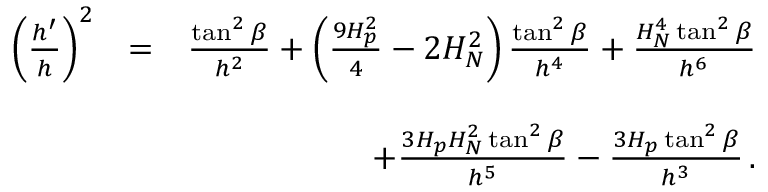
\begin{array} { r l r } { \left( \frac { h ^ { \prime } } { h } \right) ^ { 2 } } & { = } & { \frac { \tan ^ { 2 } \beta } { h ^ { 2 } } + \left( \frac { 9 H _ { p } ^ { 2 } } { 4 } - 2 H _ { N } ^ { 2 } \right) \frac { \tan ^ { 2 } \beta } { h ^ { 4 } } + \frac { H _ { N } ^ { 4 } \tan ^ { 2 } \beta } { h ^ { 6 } } } \\ & { } & \\ & { \, } & { + \frac { 3 H _ { p } H _ { N } ^ { 2 } \tan ^ { 2 } \beta } { h ^ { 5 } } - \frac { 3 H _ { p } \tan ^ { 2 } \beta } { h ^ { 3 } } \, . } \end{array}